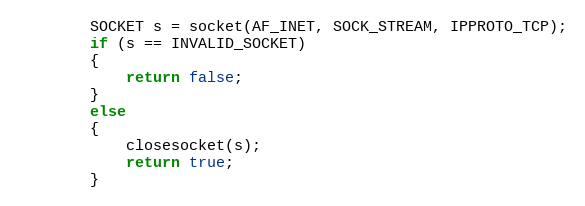
Language: C
        SOCKET s = socket(AF_INET, SOCK_STREAM, IPPROTO_TCP);
        if (s == INVALID_SOCKET)
        {
            return false;
        }
        else
        {
            closesocket(s);
            return true;
        }